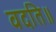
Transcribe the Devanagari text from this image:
वदति॥